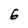
Character: 6